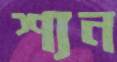
শ্যন